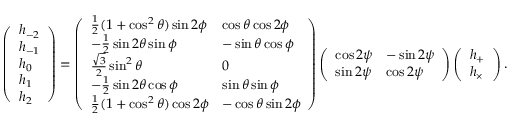
\left( \begin{array} { l } { h _ { - 2 } } \\ { h _ { - 1 } } \\ { h _ { 0 } } \\ { h _ { 1 } } \\ { h _ { 2 } } \end{array} \right) = \left( \begin{array} { l l } { \frac 1 2 ( 1 + \cos ^ { 2 } \theta ) \sin 2 \phi } & { \cos \theta \cos 2 \phi } \\ { - \frac 1 2 \sin 2 \theta \sin \phi } & { - \sin \theta \cos \phi } \\ { \frac { \sqrt { 3 } } { 2 } \sin ^ { 2 } \theta } & { 0 } \\ { - \frac 1 2 \sin 2 \theta \cos \phi } & { \sin \theta \sin \phi } \\ { \frac 1 2 ( 1 + \cos ^ { 2 } \theta ) \cos 2 \phi } & { - \cos \theta \sin 2 \phi } \end{array} \right) \left( \begin{array} { l l } { \cos 2 \psi } & { - \sin 2 \psi } \\ { \sin 2 \psi } & { \cos 2 \psi } \end{array} \right) \left( \begin{array} { l } { h _ { + } } \\ { h _ { \times } } \end{array} \right) .